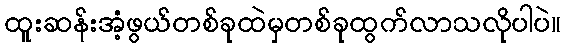
ထူးဆန်းအံ့ဖွယ်တစ်ခုထဲမှတစ်ခုထွက်လာသလိုပါပဲ။